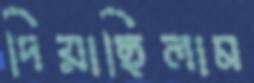
দিয়াছিলাম